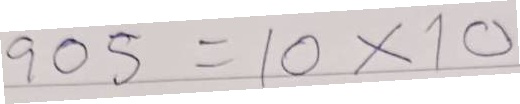
905 = 10x10